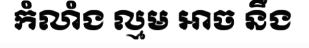
កំលាំង ល្មម ឤច នឹង